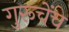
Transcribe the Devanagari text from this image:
गुरूचेंच